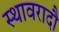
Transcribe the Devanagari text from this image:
स्थावरादौ